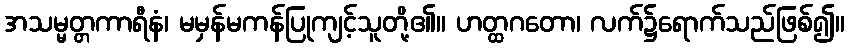
အသမ္မတ္တကာရီနံ၊ မမှန်မကန်ပြုကျင့်သူတို့၏။ ဟတ္ထဂတော၊ လက်၌ရောက်သည်ဖြစ်၍။